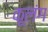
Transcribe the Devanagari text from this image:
कूलंग